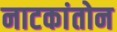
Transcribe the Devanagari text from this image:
नाटकांतोन